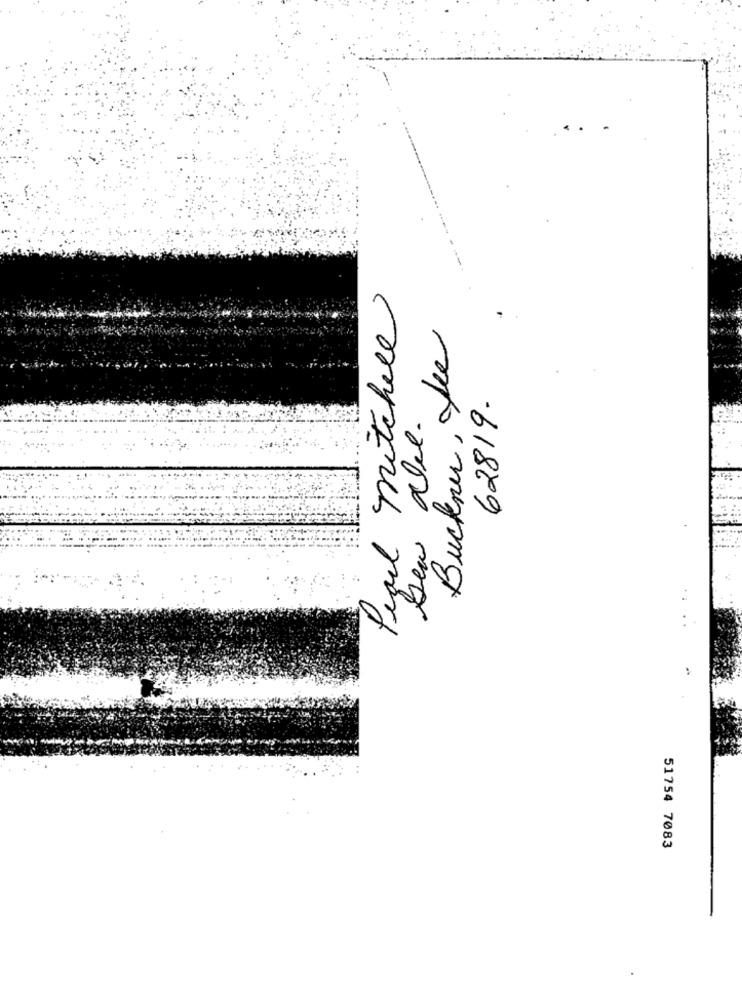
Paul mitchell
Buckner, yee
62819.
New alee.
51754 7083